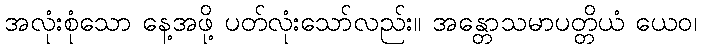
အလုံးစုံသော နေ့အဖို့ ပတ်လုံးသော်လည်း။ အန္တောသမာပတ္တိယံ ယေဝ၊